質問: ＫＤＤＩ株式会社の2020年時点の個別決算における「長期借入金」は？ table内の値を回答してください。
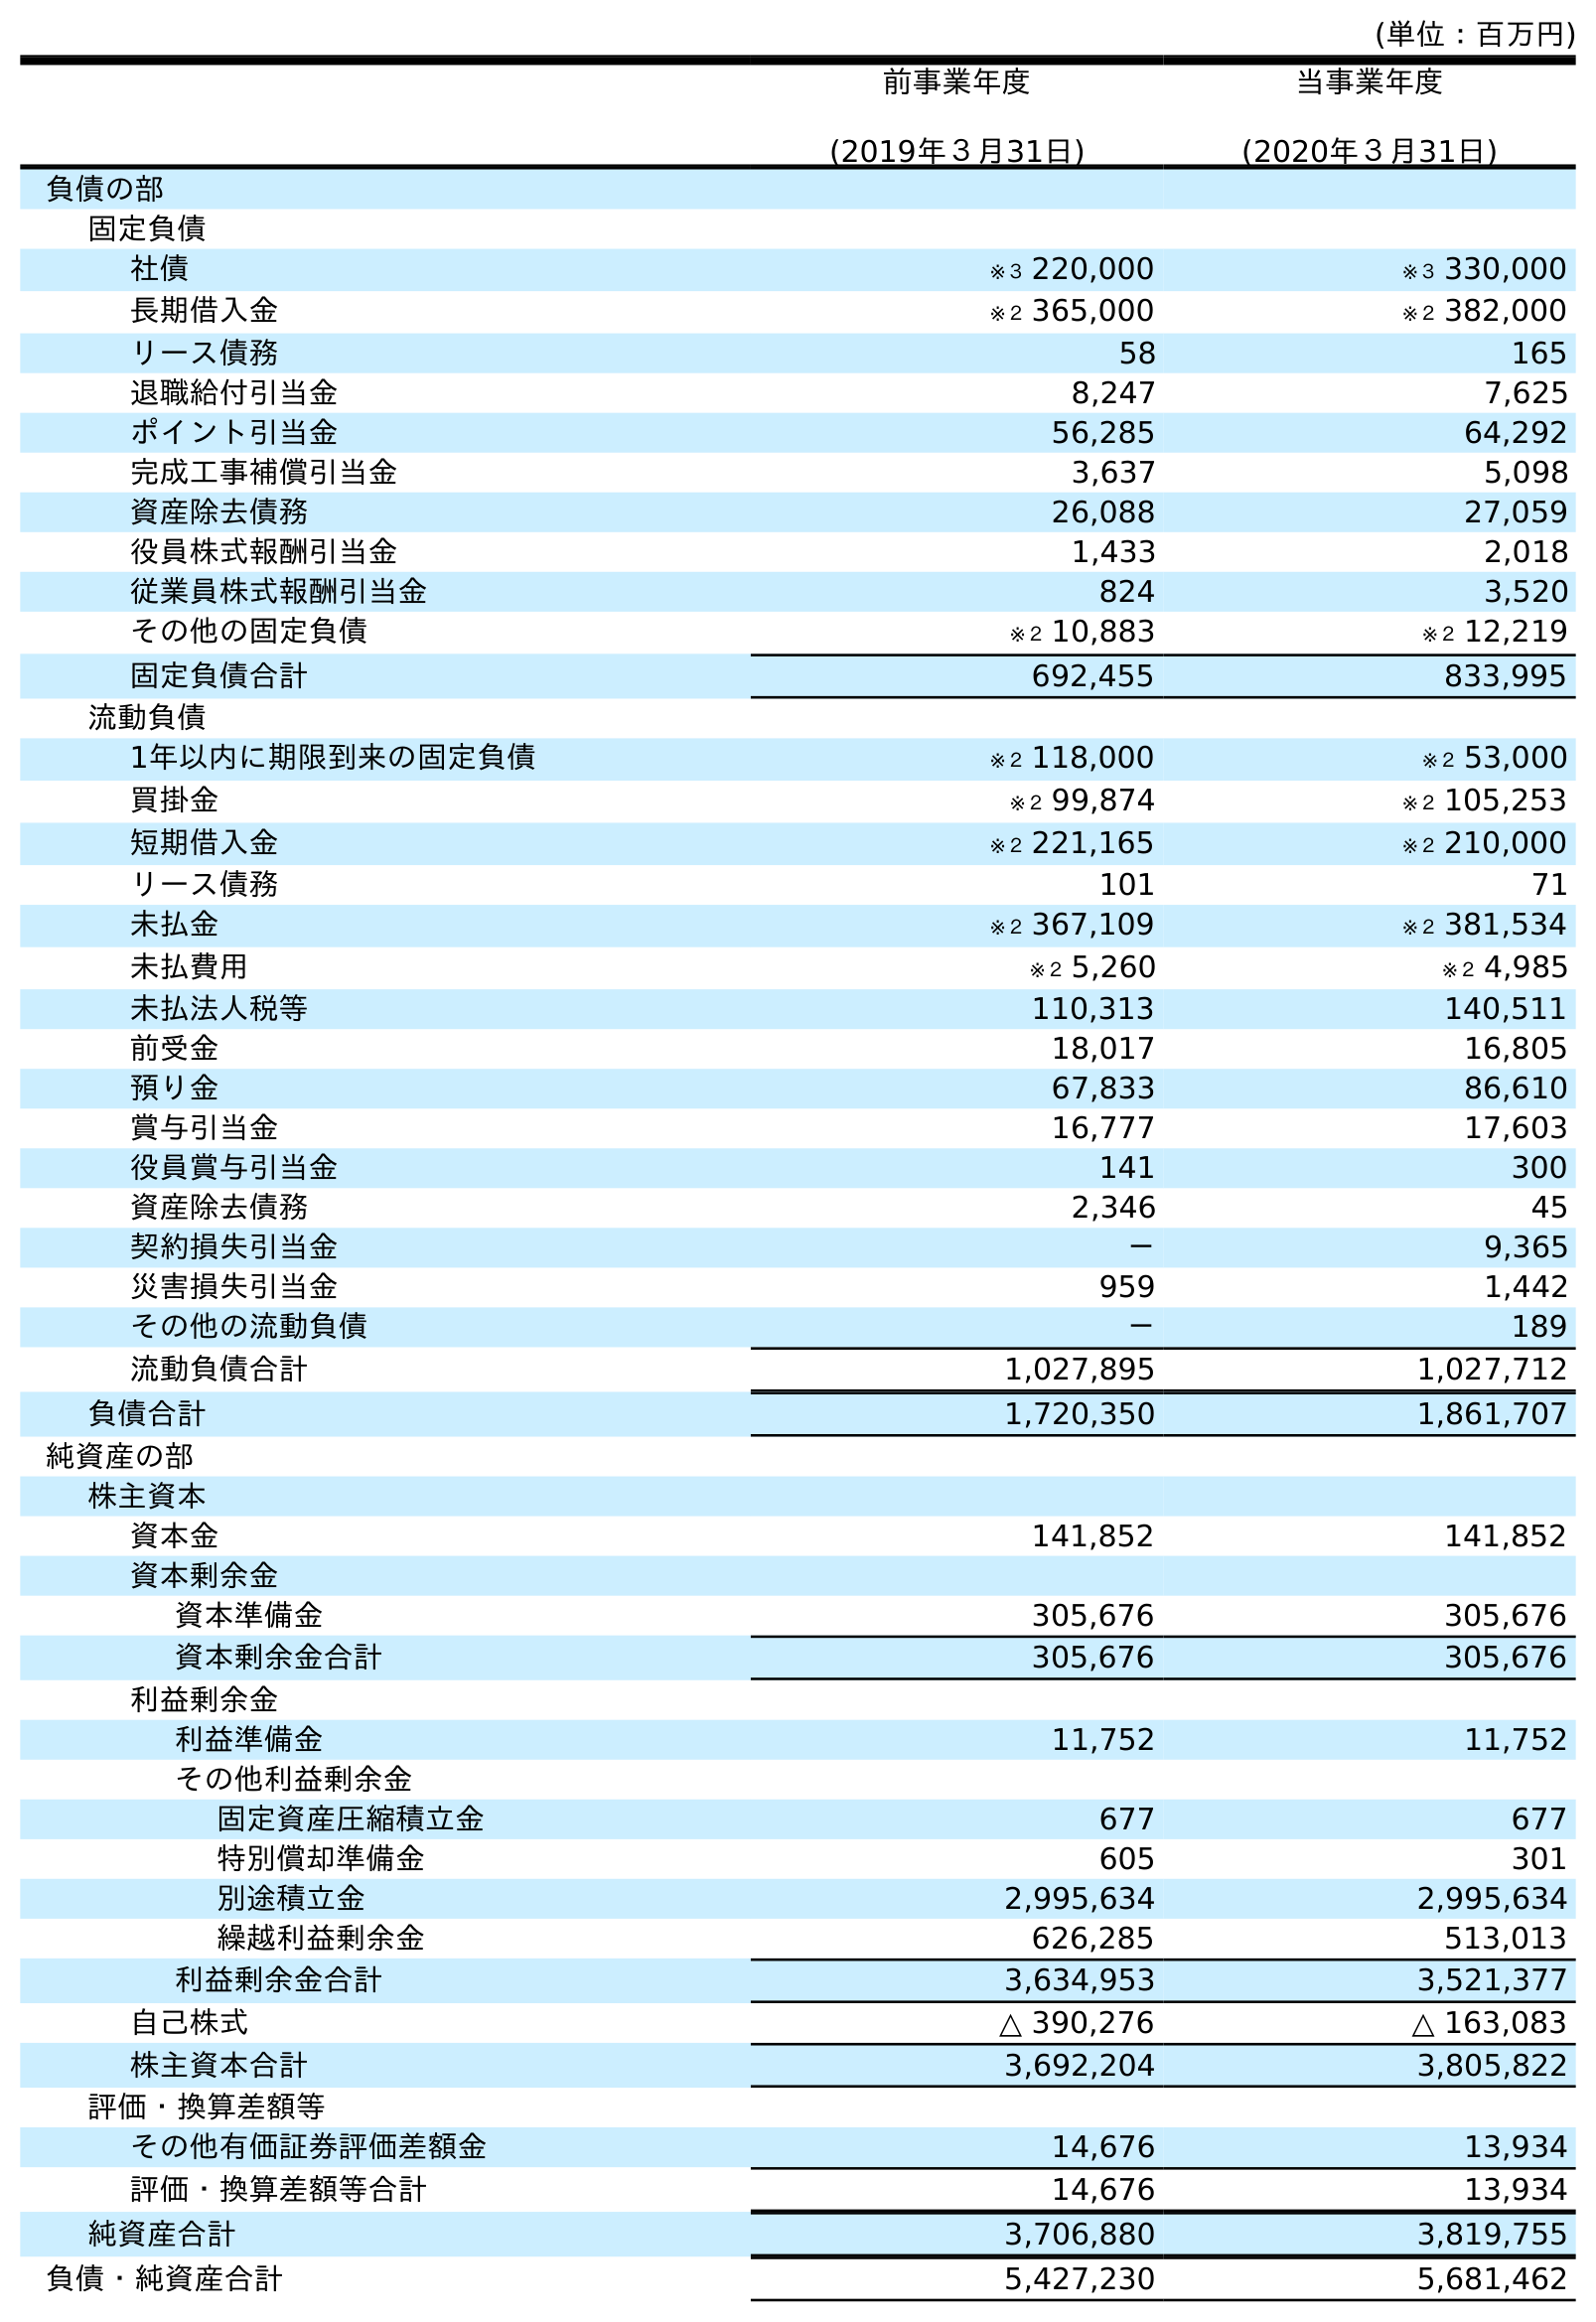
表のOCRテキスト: (単位：百万円) 前事業年度 (2019年３月31日) 当事業年度 (2020年３月31日) 負債の部 固定負債 社債 ※３ 220,000 ※３ 330,000 長期借入金 ※２ 365,000 ※２ 382,000 リース債務 58 165 退職給付引当金 8,247 7,625 ポイント引当金 56,285 64,292 完成工事補償引当金 3,637 5,098 資産除去債務 26,088 27,059 役員株式報酬引当金 1,433 2,018 従業員株式報酬引当金 824 3,520 その他の固定負債 ※２ 10,883 ※２ 12,219 固定負債合計 692,455 833,995 流動負債 1年以内に期限到来の固定負債 ※２ 118,000 ※２ 53,000 買掛金 ※２ 99,874 ※２ 105,253 短期借入金 ※２ 221,165 ※２ 210,000 リース債務 101 71 未払金 ※２ 367,109 ※２ 381,534 未払費用 ※２ 5,260 ※２ 4,985 未払法人税等 110,313 140,511 前受金 18,017 16,805 預り金 67,833 86,610 賞与引当金 16,777 17,603 役員賞与引当金 141 300 資産除去債務 2,346 45 契約損失引当金 － 9,365 災害損失引当金 959 1,442 その他の流動負債 － 189 流動負債合計 1,027,895 1,027,712 負債合計 1,720,350 1,861,707 純資産の部 株主資本 資本金 141,852 141,852 資本剰余金 資本準備金 305,676 305,676 資本剰余金合計 305,676 305,676 利益剰余金 利益準備金 11,752 11,752 その他利益剰余金 固定資産圧縮積立金 677 677 特別償却準備金 605 301 別途積立金 2,995,634 2,995,634 繰越利益剰余金 626,285 513,013 利益剰余金合計 3,634,953 3,521,377 自己株式 △ 390,276 △ 163,083 株主資本合計 3,692,204 3,805,822 評価・換算差額等 その他有価証券評価差額金 14,676 13,934 評価・換算差額等合計 14,676 13,934 純資産合計 3,706,880 3,819,755 負債・純資産合計 5,427,230 5,681,462
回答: ※２382,000